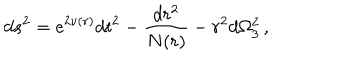
d s ^ { 2 } = \mathrm { e } ^ { 2 \nu ( r ) } d t ^ { 2 } - \frac { d r ^ { 2 } } { N ( r ) } - r ^ { 2 } d \Omega _ { 3 } ^ { 2 } \, ,